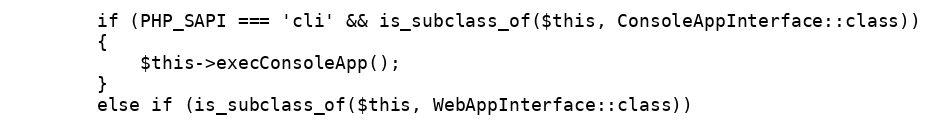
Language: PHP
        if (PHP_SAPI === 'cli' && is_subclass_of($this, ConsoleAppInterface::class))
        {
            $this->execConsoleApp();
        }
        else if (is_subclass_of($this, WebAppInterface::class))